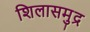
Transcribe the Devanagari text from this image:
शिलासमुद्र